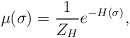
\begin{align*}\mu(\sigma) = \frac{1}{Z_H} e^{-H(\sigma)},\end{align*}